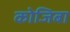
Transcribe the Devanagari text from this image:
कोजिबा